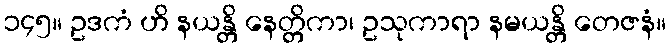
၁၄၅။ ဥဒကံ ဟိ နယန္တိ နေတ္တိကာ၊ ဥသုကာရာ နမယန္တိ တေဇနံ။